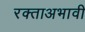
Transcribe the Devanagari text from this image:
रक्ताअभावी